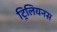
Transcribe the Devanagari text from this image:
ट्रिलियनस